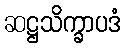
ဆဋ္ဌသိက္ခာပဒံ